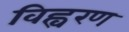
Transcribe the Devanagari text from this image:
विह्वरण